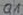
Text: Q1